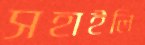
সহাইলি